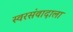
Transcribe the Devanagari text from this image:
स्वरसंवादाला